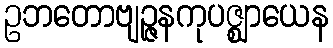
ဥဘတောဗျဉ္ဇနကုပဇ္ဈာယေန